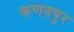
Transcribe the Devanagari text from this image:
कणवपुर